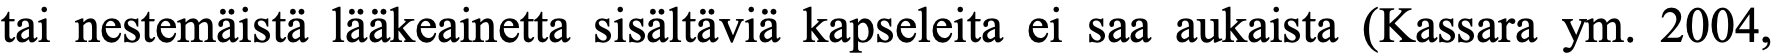
tai nestemäistä lääkeainetta sisältäviä kapseleita ei saa aukaista (Kassara ym. 2004,